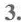
3.